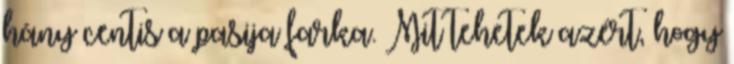
hány centis a pasija farka. Mit tehetek azért, hogy